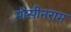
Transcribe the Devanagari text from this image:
मौसीनराम